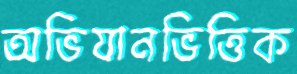
অভিযানভিত্তিক